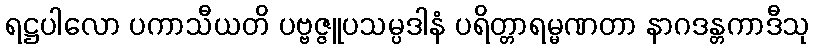
ရဋ္ဌပါလော ပကာသီယတိ ပဗ္ဗဇ္ဇူပသမ္ပဒါနံ ပရိတ္တာရမ္မဏတာ နာဂဒန္တကာဒီသု